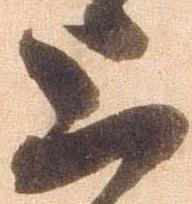
上